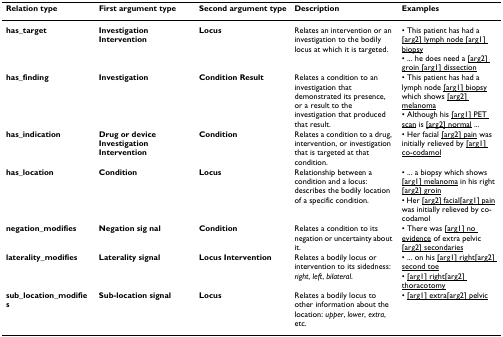
| Relation type | First argument type | Second argument type | Description | Examples |
 | --- | --- | --- | --- | --- |
 | has_target | Investigation Intervention | Locus | Relates an intervention or an investigation to the bodily locus at which it is targeted. | • This patient has had a <underline>[arg2] lymph node [arg1] biopsy</underline>• ... he does need a <underline>[arg2] groin [arg1] dissection</underline> |
 | has_finding | Investigation | Condition Result | Relates a condition to an investigation that demonstrated its presence, or a result to the investigation that produced that result. | • This patient has had a lymph node <underline>[arg1] biopsy</underline> which shows <underline>[arg2] melanoma</underline>• Although his <underline>[arg1] PET scan</underline> is <underline>[arg2] normal</underline> ... |
 | has_indication | Drug or device Investigation Intervention | Condition | Relates a condition to a drug, intervention, or investigation that is targeted at that condition. | • Her facial <underline>[arg2] pain</underline> was initially relieved by <underline>[arg1] co-codamol</underline> |
 | has_location | Condition | Locus | Relationship between a condition and a locus: describes the bodily location of a specific condition. | • ... a biopsy which shows <underline>[arg1] melanoma</underline> in his right <underline>[arg2] groin</underline>• Her <underline>[arg2] facial</underline><underline>[arg1] pain</underline> was initially relieved by co-codamol |
 | negation_modifies | Negation sig nal | Condition | Relates a condition to its negation or uncertainty about it. | • There was <underline>[arg1] no evidence</underline> of extra pelvic <underline>[arg2] secondaries</underline> |
 | laterality_modifies | Laterality signal | Locus Intervention | Relates a bodily locus or intervention to its sidedness: right, left, bilateral. | • ... on his <underline>[arg1] right</underline><underline>[arg2] second toe</underline>• <underline>[arg1] right</underline><underline>[arg2] thoracotomy</underline> |
 | sub_location_modifies | Sub-location signal | Locus | Relates a bodily locus to other information about the location: upper, lower, extra, etc. | • <underline>[arg1] extra</underline><underline>[arg2] pelvic</underline> |